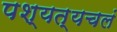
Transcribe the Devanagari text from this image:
पश्यत्यचलं